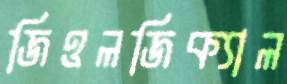
জিওলজিক্যাল